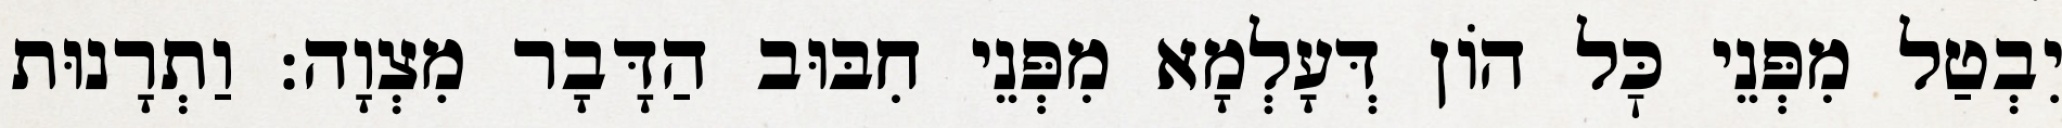
יִבְטַל מִפְּנֵי כׇּל הוֹן דְּעָלְמָא מִפְּנֵי חִבּוּב הַדָּבָר מִצְוָה: וַתְרָנוּת